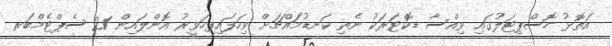
އަތޮޅު ހޮސްޕިޓަލުގައި ވިއްސާ ޑޮކްޓަރަކު ނެތި ކަނޑުމައްޗަށް ވިހަފައިފިހަވީރު އޮންލައިން 21 ސެޕްޓެމްބަރ